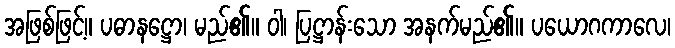
အဖြစ်ဖြင့်။ ပဓာနဋ္ဌော၊ မည်၏။ ဝါ၊ ပြဋ္ဌာန်းသော အနက်မည်၏။ ပယောဂကာလေ၊